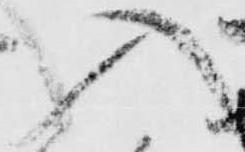
入